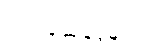
ဂုဏ်ပြုဆုငွေများ